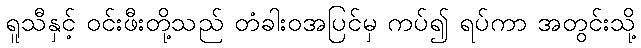
ရူသီနှင့် ဝင်းဖီးတို့သည် တံခါးဝအပြင်မှ ကပ်၍ ရပ်ကာ အတွင်းသို့